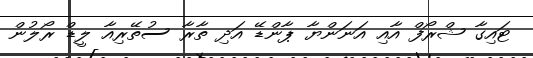
ޓައިގާ ޝްރޯފް އާއި އަނަންޔާ ޕާންޑޭ އަދި ތާރާ ސުތޭރިއާ ލީޑް ރޯލުން